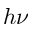
h \nu